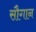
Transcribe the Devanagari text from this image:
सौगान